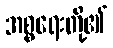
အစ္စရေးတို့၏